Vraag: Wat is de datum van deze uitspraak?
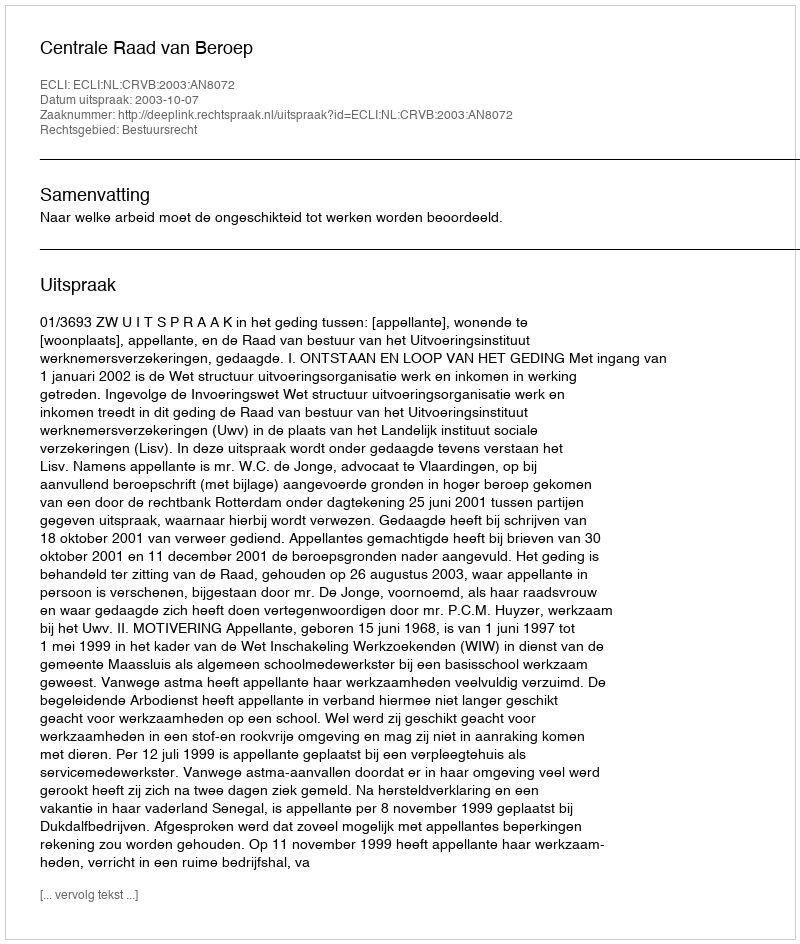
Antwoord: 2003-10-07